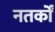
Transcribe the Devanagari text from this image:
नतर्कों